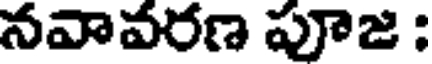
నవావరణ పూజ :